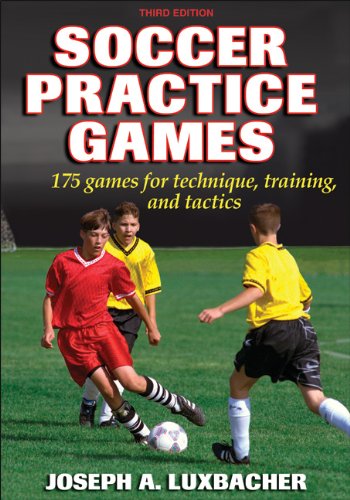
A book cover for Soccer Practice Games - 3rd Edition; Joseph Luxbacher; Sports & Outdoors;